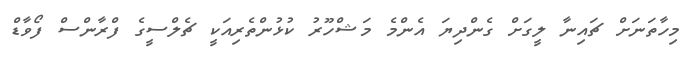
މިހާތަނަށް ޗައިނާ ލީގަށް ގެންދިޔަ އެންމެ މަޝްހޫރު ކުޅުންތެރިއަކީ ޗެލްސީގެ ފްރާންސް ފޯވާޑް